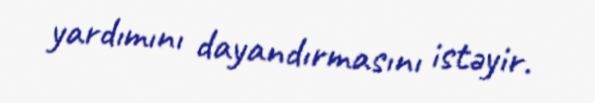
yardımını dayandırmasını istəyir.